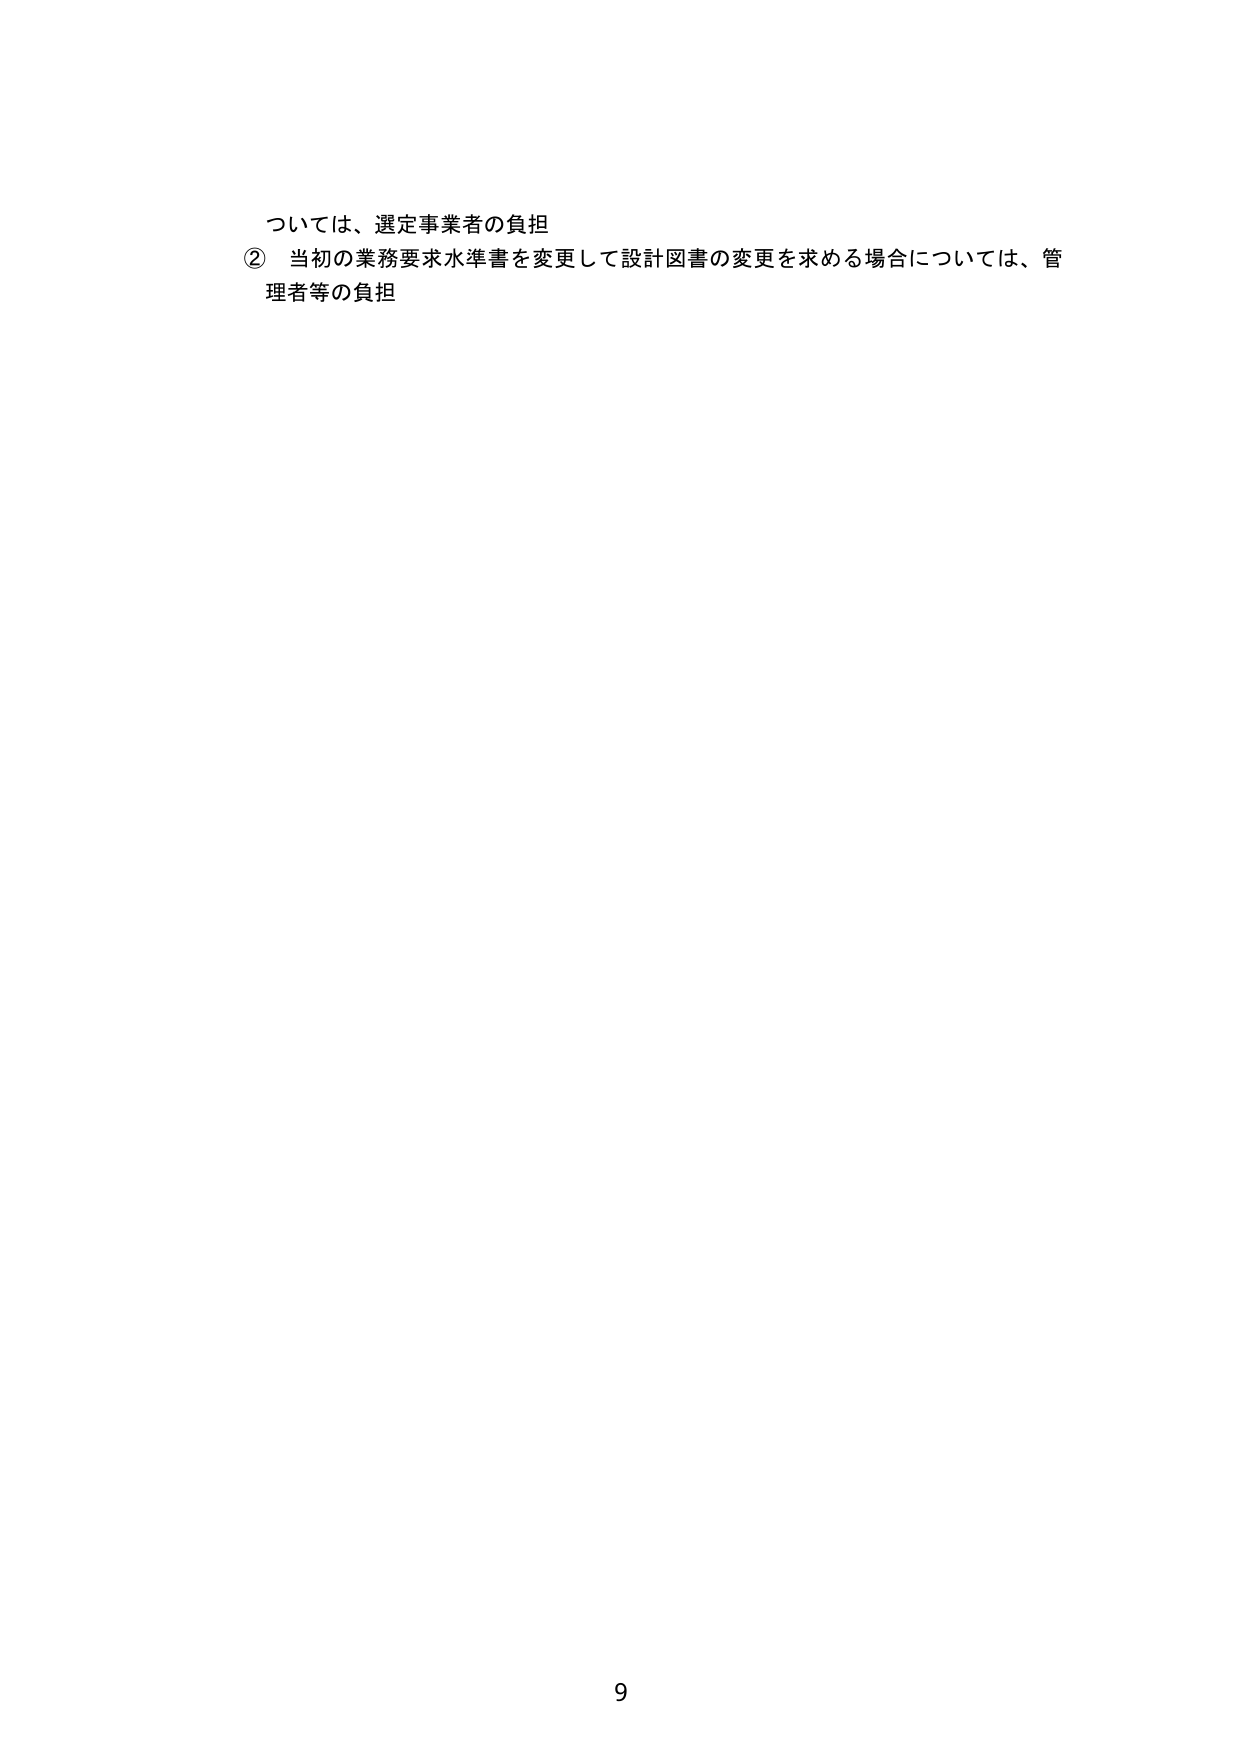
ついては、選定事業者の負担
② 当初の業務要求水準書を変更して設計図書の変更を求める場合については、管理者等の負担
9